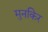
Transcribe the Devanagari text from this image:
मुनकिर